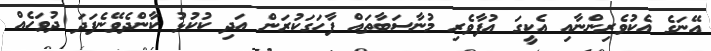
އޭނަގެ އެކުވެރިންނާއި އެކީގަ އުފާވެރި މުނާސަބާތައް ފާހަގަކުރަން އަދި ކުކުޅު ކާންދެވޭނެފަދަ ދުވަހެއް